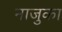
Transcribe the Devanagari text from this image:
नाजुका